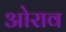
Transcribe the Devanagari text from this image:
ओराव